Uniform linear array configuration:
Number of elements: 12
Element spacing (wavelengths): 0.5
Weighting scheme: exponential
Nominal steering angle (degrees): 60
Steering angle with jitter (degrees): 58.688
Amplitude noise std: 0.05
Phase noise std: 0.05

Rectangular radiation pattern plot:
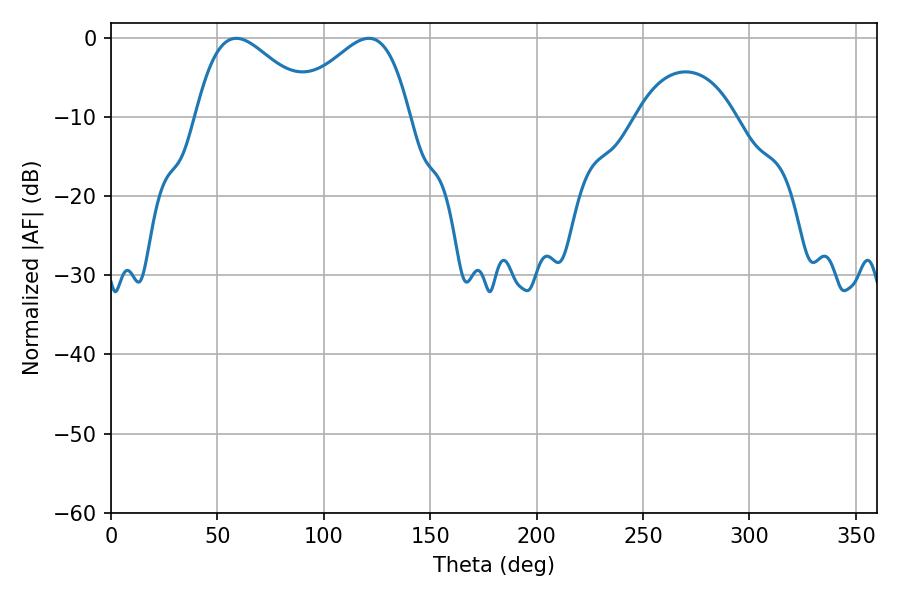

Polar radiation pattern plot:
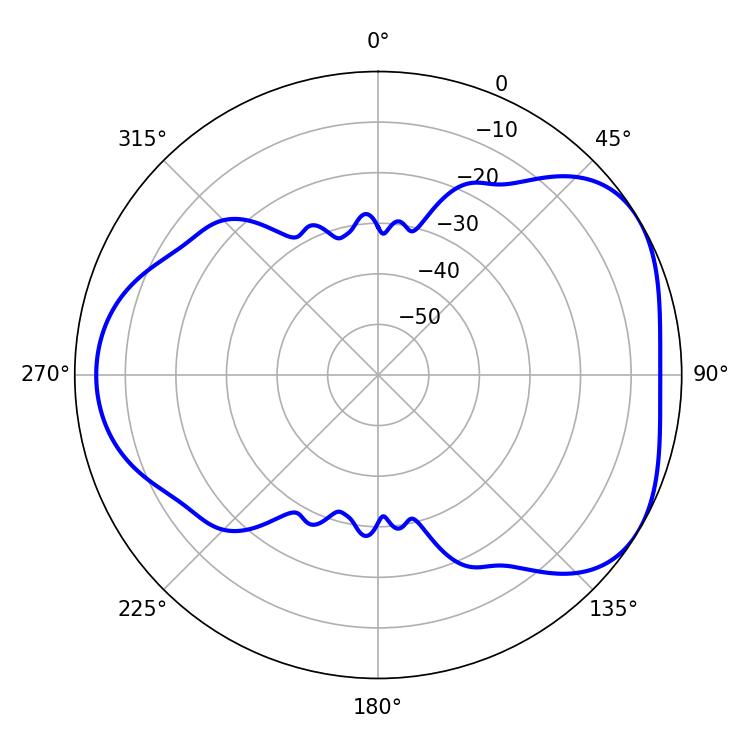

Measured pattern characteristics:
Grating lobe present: FALSE
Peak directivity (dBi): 4.441
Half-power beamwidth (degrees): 29.88
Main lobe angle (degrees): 58.86